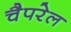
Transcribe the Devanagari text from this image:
चैपरेल